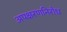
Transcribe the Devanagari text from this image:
अपक्षरणनिरोध